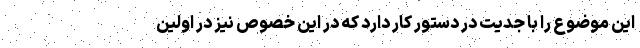
این موضوع را با جدیّت در دستور کار دارد که در این خصوص نیز در اولین